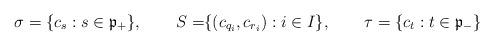
LaTeX: \begin{align*} \sigma &= \{c_s: s\in \mathfrak{p}_+\},& S =&\{(c_{q_i},c_{r_i}):i \in I \},& \tau & = \{c_t: t \in \mathfrak{p}_-\} \end{align*}